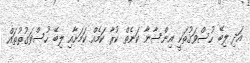
އަދި ލިބޭ ހުސްވަގުތަކީ އިންސާނާ ކަނެތް ކުރާ ކަމެއް ކަމަށާއި ލިބޭ ހުސްވަގުތުތައް